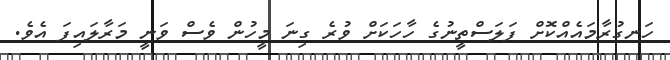
ހަނގުރާމައެއްކޮށް ފަލަސްތީނުގެ ހާހަކަށް ވުރެ ގިނަ މީހުން ވެސް ވަނީ މަރާލައިފަ އެވެ.